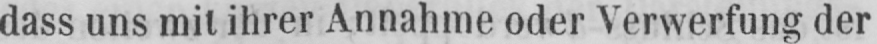
dass uns mit ihrer Annahme oder Verwerfung der